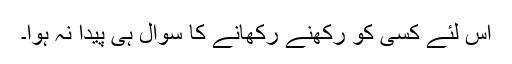
اس لئے کسی کو رکھنے رکھانے کا سوال ہی پیدا نہ ہوا۔